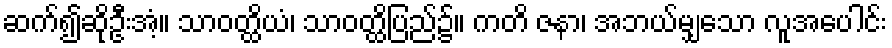
ဆက်၍ဆိုဦးအံ့။ သာဝတ္ထိယံ၊ သာဝတ္ထိပြည်၌။ ကတိ ဇနာ၊ အဘယ်မျှသော လူအပေါင်း